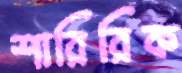
শারিরিক